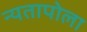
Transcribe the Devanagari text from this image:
न्यतापोला